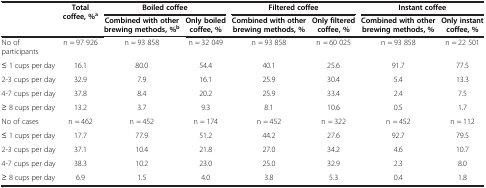
<table><thead><tr><td><b> </b></td><td><b>Total coffee, %<sup>a</sup></b></td><td colspan="2"><b>Boiled coffee</b></td><td colspan="2"><b>Filtered coffee</b></td><td colspan="2"><b>Instant coffee</b></td></tr><tr><td><b> </b></td><td><b> </b></td><td><b>Combined with other brewing methods, %<sup>b</sup></b></td><td><b>Only boiled coffee, %</b></td><td><b>Combined with other brewing methods, %</b></td><td><b>Only filtered coffee, %</b></td><td><b>Combined with other brewing methods, %</b></td><td><b>Only instant coffee, %</b></td></tr></thead><tbody><tr><td>No of participants</td><td>n = 97 926</td><td>n = 93 858</td><td>n = 32 049</td><td>n = 93 858</td><td>n = 60 025</td><td>n = 93 858</td><td>n = 22 501</td></tr><tr><td>≤ 1 cups per day</td><td>16.1</td><td>80.0</td><td>54.4</td><td>40.1</td><td>25.6</td><td>91.7</td><td>77.5</td></tr><tr><td>2-3 cups per day</td><td>32.9</td><td>7.9</td><td>16.1</td><td>25.9</td><td>30.4</td><td>5.4</td><td>13.3</td></tr><tr><td>4-7 cups per day</td><td>37.8</td><td>8.4</td><td>20.2</td><td>25.9</td><td>33.4</td><td>2.4</td><td>7.5</td></tr><tr><td>≥ 8 cups per day</td><td>13.2</td><td>3.7</td><td>9.3</td><td>8.1</td><td>10.6</td><td>0.5</td><td>1.7</td></tr><tr><td>No of cases</td><td>n = 462</td><td>n = 452</td><td>n = 174</td><td>n = 452</td><td>n = 322</td><td>n = 452</td><td>n = 112</td></tr><tr><td>≤ 1 cups per day</td><td>17.7</td><td>77.9</td><td>51.2</td><td>44.2</td><td>27.6</td><td>92.7</td><td>79.5</td></tr><tr><td>2-3 cups per day</td><td>37.1</td><td>10.4</td><td>21.8</td><td>27.0</td><td>34.2</td><td>4.6</td><td>10.7</td></tr><tr><td>4-7 cups per day</td><td>38.3</td><td>10.2</td><td>23.0</td><td>25.0</td><td>32.9</td><td>2.3</td><td>8.0</td></tr><tr><td>≥ 8 cups per day</td><td>6.9</td><td>1.5</td><td>4.0</td><td>3.8</td><td>5.3</td><td>0.4</td><td>1.8</td></tr></tbody></table>